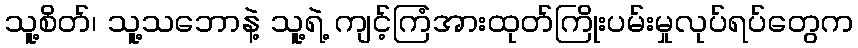
သူ့စိတ်၊ သူ့သဘောနဲ့ သူ့ရဲ့ ကျင့်ကြံအားထုတ်ကြိုးပမ်းမှုလုပ်ရပ်တွေက